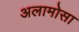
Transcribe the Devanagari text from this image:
अलामोसा